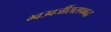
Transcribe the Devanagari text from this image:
भ्वउवजींससपबद्ध